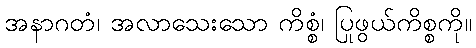
အနာဂတံ၊ အလာသေးသော ကိစ္စံ၊ ပြုဖွယ်ကိစ္စကို။